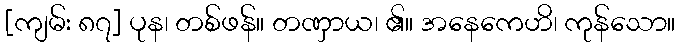
[ကျမ်း ၈၇] ပုန၊ တစ်ဖန်။ တဏှာယ၊ ၏။ အနေကေဟိ၊ ကုန်သော။